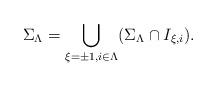
LaTeX: \begin{align*}\Sigma_\Lambda=\bigcup_{\xi=\pm 1, i\in\Lambda}(\Sigma_\Lambda\cap I_{\xi,i}).\end{align*}